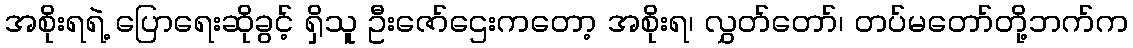
အစိုးရရဲ့ ပြောရေးဆိုခွင့် ရှိသူ ဦးဇော်ဌေးကတော့ အစိုးရ၊ လွှတ်တော်၊ တပ်မတော်တို့ဘက်က